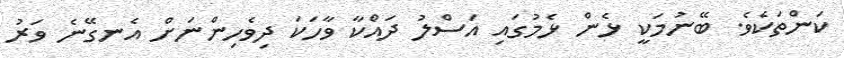
ކަންތަކެވެ. ބޭނުމަކީ ޅެން ޅެމުގައި އަސްލު ދައްކާ ވާހަކަ ދިވެހިންނަށް އެނގޭނެ ވަރު